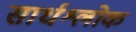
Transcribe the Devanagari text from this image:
सार्धश्लोक